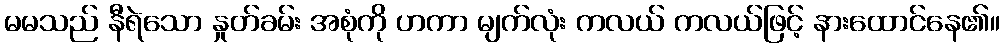
မမသည် နီရဲသော နှုတ်ခမ်း အစုံကို ဟကာ မျက်လုံး ကလယ် ကလယ်ဖြင့် နားထောင်နေ၏။